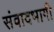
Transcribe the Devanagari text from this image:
संवादभागी